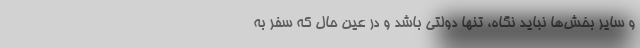
و سایر بخش‌ها نباید نگاه، تنها دولتی باشد و در عین حال که سفر به